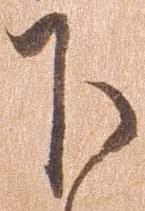
下